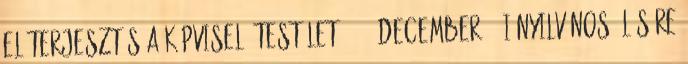
ELŐTERJESZTÉS a Képviselő testület 2014. december 19-i nyilvános ülésére